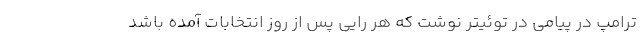
ترامپ در پیامی در توئیتر نوشت که هر رایی پس از روز انتخابات آمده باشد